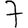
Digit: 7